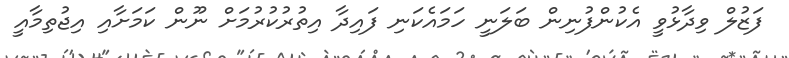
ފަޒުލް ވިދާޅުވީ އެކުންފުނިން ބަލަނީ ހަމައެކަނި ފައިދާ އިތުރުކުރުމަށް ނޫން ކަމަށާއި އިޖުތިމާއީ